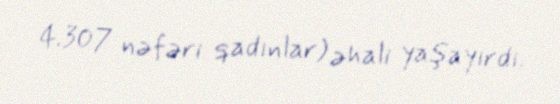
4.307 nəfəri qadınlar) əhali yaşayırdı.